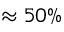
\approx 5 0 \%